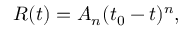
R ( t ) = A _ { n } ( t _ { 0 } - t ) ^ { n } ,